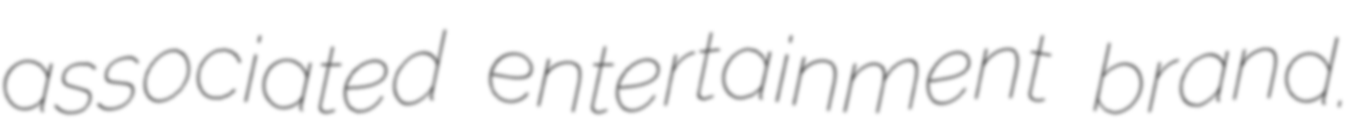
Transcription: associated entertainment brand.